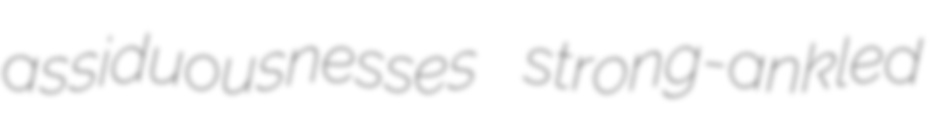
assiduousnesses strong-ankled